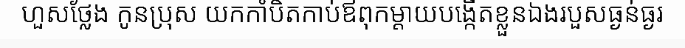
ហួសថ្លែង កូនប្រុស យកកាំបិតកាប់ឪពុកម្តាយបង្កើតខ្លួនឯងរបួសធ្ងន់ធ្ងរ